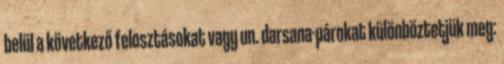
belül a következő felosztásokat vagy un. darsana-párokat különböztetjük meg: